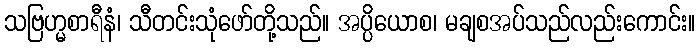
သဗြဟ္မစာရီနံ၊ သီတင်းသုံဖော်တို့သည်။ အပ္ပိယောစ၊ မချစအပ်သည်လည်းကောင်း။